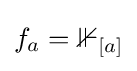
f_{a}=\mathbb {1} _{[a]}